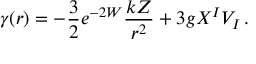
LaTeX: \gamma ( r ) = - \frac 3 2 e ^ { - 2 W } \frac { k Z } { r ^ { 2 } } + 3 g X ^ { I } V _ { I } \, .